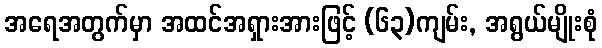
အရေအတွက်မှာ အထင်အရှားအားဖြင့် (၆၃)ကျမ်း, အရွယ်မျိုးစုံ